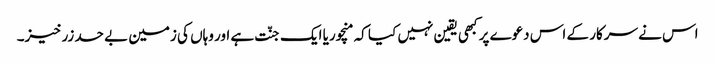
اس نے سرکار کے اس دعوے پر کبھی یقین نہیں کیا کہ منچوریا ایک جنّت ہے اور وہاں کی زمین بے حد زرخیز۔